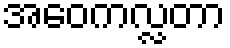
အဝေကလ္လတာ